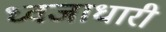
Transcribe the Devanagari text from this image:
ध्‍वजाधारी